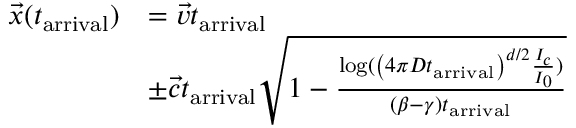
\begin{array} { r l } { \vec { x } ( t _ { \mathrm { a r r i v a l } } ) } & { = \vec { v } t _ { \mathrm { a r r i v a l } } } \\ & { \pm \vec { c } t _ { \mathrm { a r r i v a l } } \sqrt { 1 - \frac { \log ( \left( 4 \pi D t _ { \mathrm { a r r i v a l } } \right) ^ { d / 2 } \frac { I _ { c } } { I _ { 0 } } ) } { ( \beta - \gamma ) t _ { \mathrm { a r r i v a l } } } } } \end{array}